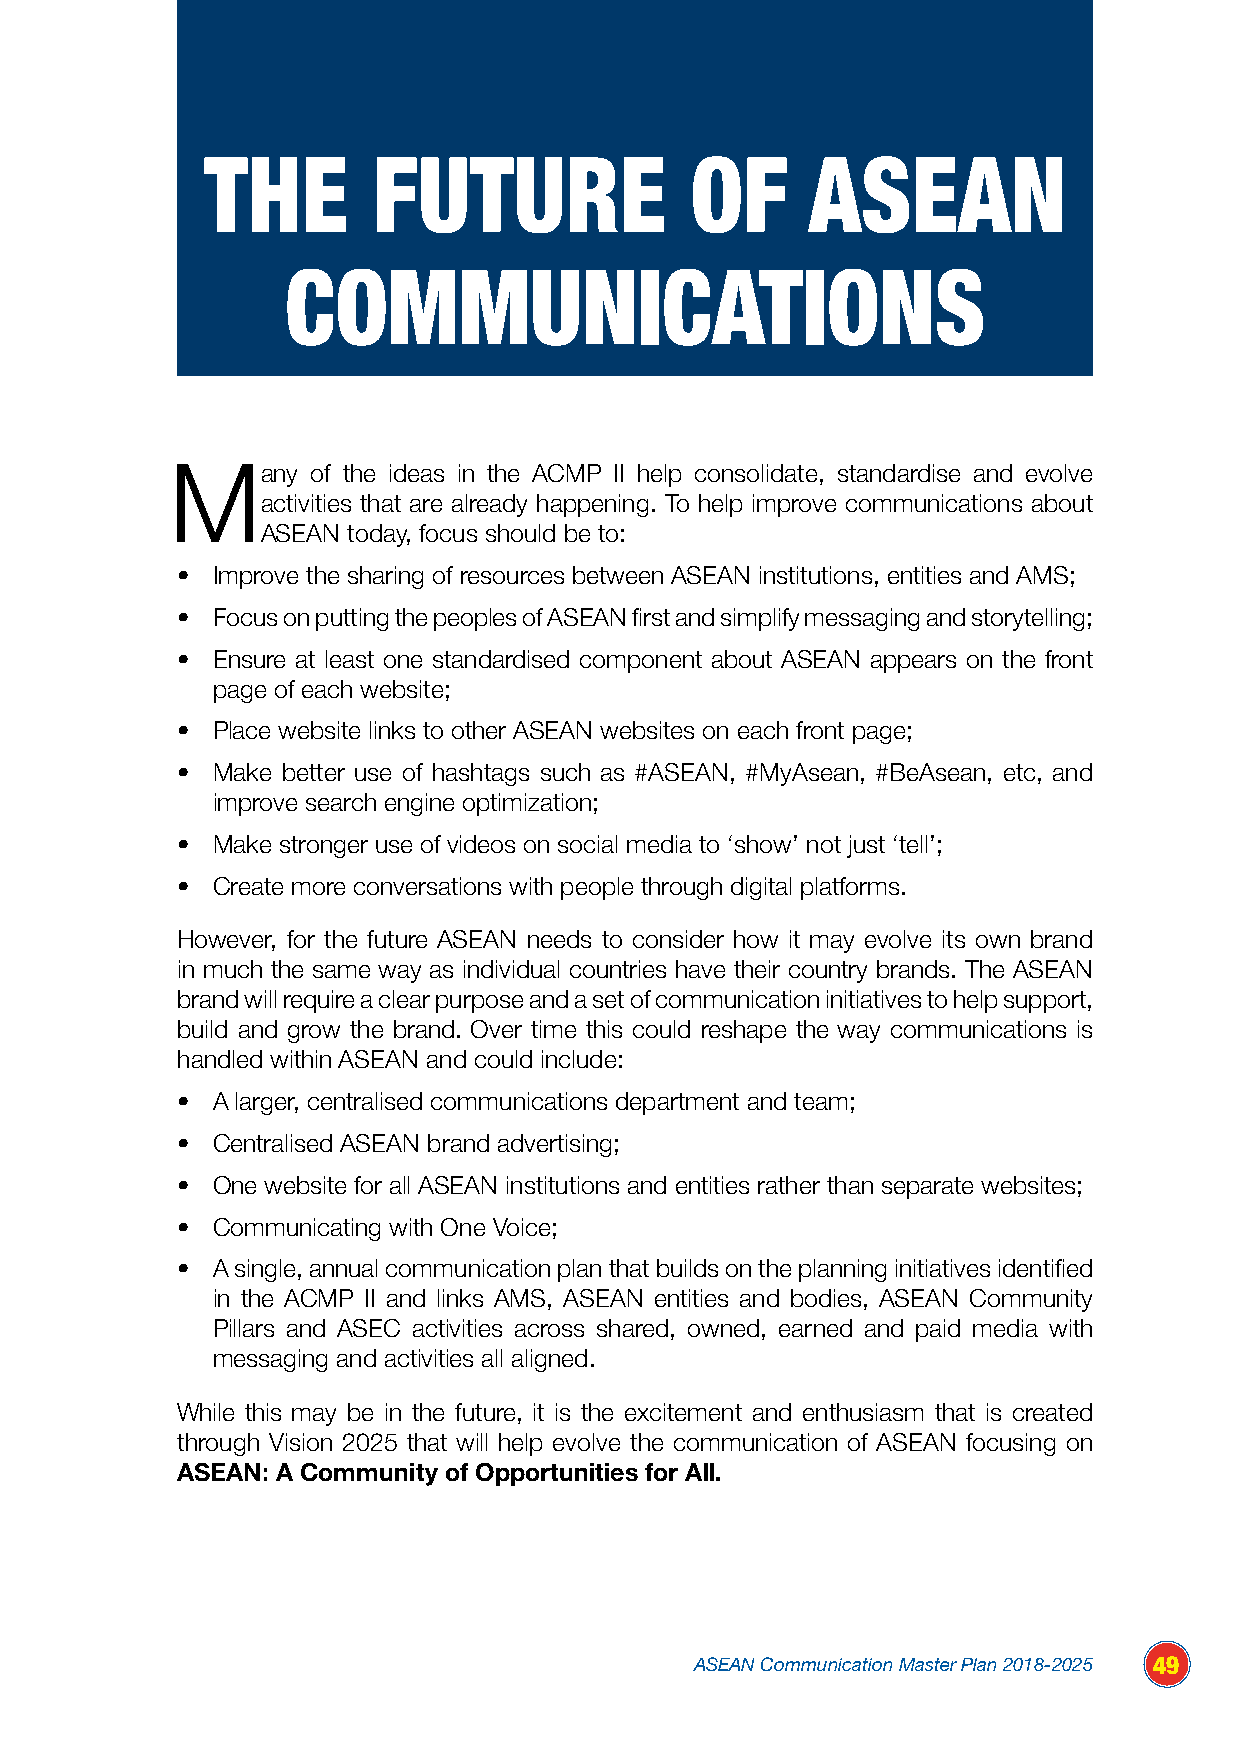
THE        FUTURE               OF      ASEAN
 COMMUNICATIONS
 Many      of the ideas in the ACMP II help consolidate, standardise and evolve
 activities that are already happening. To help improve communications about
 ASEAN today, focus should be to:
 • Improve the sharing of resources between ASEAN institutions, entities and AMS;
 • Focus on putting the peoples of ASEAN first and simplify messaging and storytelling;
 • Ensure at least one standardised component about ASEAN appears on the front
 page of each website;
 • Place website links to other ASEAN websites on each front page;
 • Make better use of hashtags such as #ASEAN, #MyAsean, #BeAsean, etc, and
 improve search engine optimization;
 • Make stronger use of videos on social media to ‘show’ not just ‘tell’;
 • Create more conversations with people through digital platforms.
 However, for the future ASEAN needs to consider how it may evolve its own brand
 in much the same way as individual countries have their country brands. The ASEAN
 brand will require a clear purpose and a set of communication initiatives to help support,
 build and grow the brand. Over time this could reshape the way communications is
 handled within ASEAN and could include:
 • A larger, centralised communications department and team;
 • Centralised ASEAN brand advertising;
 • One website for all ASEAN institutions and entities rather than separate websites;
 • Communicating with One Voice;
 • A single, annual communication plan that builds on the planning initiatives identified
 in the ACMP II and links AMS, ASEAN entities and bodies, ASEAN Community
 Pillars and ASEC activities across shared, owned, earned and paid media with
 messaging and activities all aligned.
 While this may be in the future, it is the excitement and enthusiasm that is created
 through Vision 2025 that will help evolve the communication of ASEAN focusing on
 ASEAN: A Community of Opportunities for All.
 ASEAN Communication Master Plan 2018-2025 49